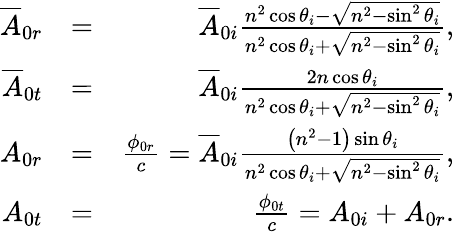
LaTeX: \begin{array}{rlr}{\overline{{A}}_{0r}}&{=}&{\overline{{A}}_{0i}\frac{n^{2}\cos\theta_{i}-\sqrt{n^{2}-\sin^{2}\theta_{i}}}{n^{2}\cos\theta_{i}+\sqrt{n^{2}-\sin^{2}\theta_{i}}},}\\ {\overline{{A}}_{0t}}&{=}&{\overline{{A}}_{0i}\frac{2n\cos\theta_{i}}{n^{2}\cos\theta_{i}+\sqrt{n^{2}-\sin^{2}\theta_{i}}},}\\ {A_{0r}}&{=}&{\frac{\phi_{0r}}{c}=\overline{{A}}_{0i}\frac{\left(n^{2}-1\right)\sin\theta_{i}}{n^{2}\cos\theta_{i}+\sqrt{n^{2}-\sin^{2}\theta_{i}}},}\\ {A_{0t}}&{=}&{\frac{\phi_{0t}}{c}=A_{0i}+A_{0r}.}\end{array}